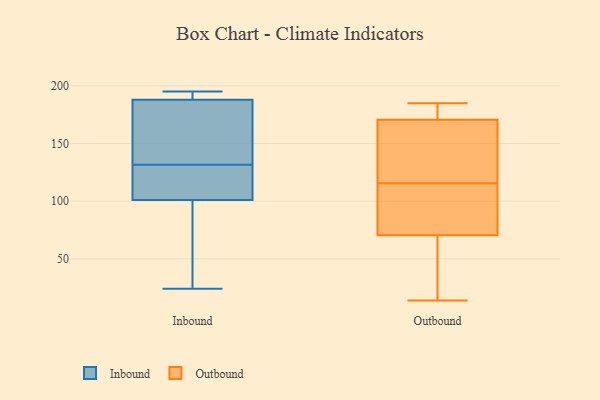
{"axis": {"x": "Production Output", "y": "Value"}, "legend": ["Inbound", "Outbound"], "data": [{"x": "", "y": 24, "type": "Inbound"}, {"x": "", "y": 109, "type": "Inbound"}, {"x": "", "y": 101, "type": "Inbound"}, {"x": "", "y": 195, "type": "Inbound"}, {"x": "", "y": 188, "type": "Inbound"}, {"x": "", "y": 182, "type": "Inbound"}, {"x": "", "y": 83, "type": "Inbound"}, {"x": "", "y": 195, "type": "Inbound"}, {"x": "", "y": 139, "type": "Inbound"}, {"x": "", "y": 124, "type": "Inbound"}, {"x": "", "y": 118, "type": "Outbound"}, {"x": "", "y": 113, "type": "Outbound"}, {"x": "", "y": 181, "type": "Outbound"}, {"x": "", "y": 122, "type": "Outbound"}, {"x": "", "y": 112, "type": "Outbound"}, {"x": "", "y": 177, "type": "Outbound"}, {"x": "", "y": 14, "type": "Outbound"}, {"x": "", "y": 40, "type": "Outbound"}, {"x": "", "y": 20, "type": "Outbound"}, {"x": "", "y": 185, "type": "Outbound"}, {"x": "", "y": 164, "type": "Outbound"}, {"x": "", "y": 101, "type": "Outbound"}]}